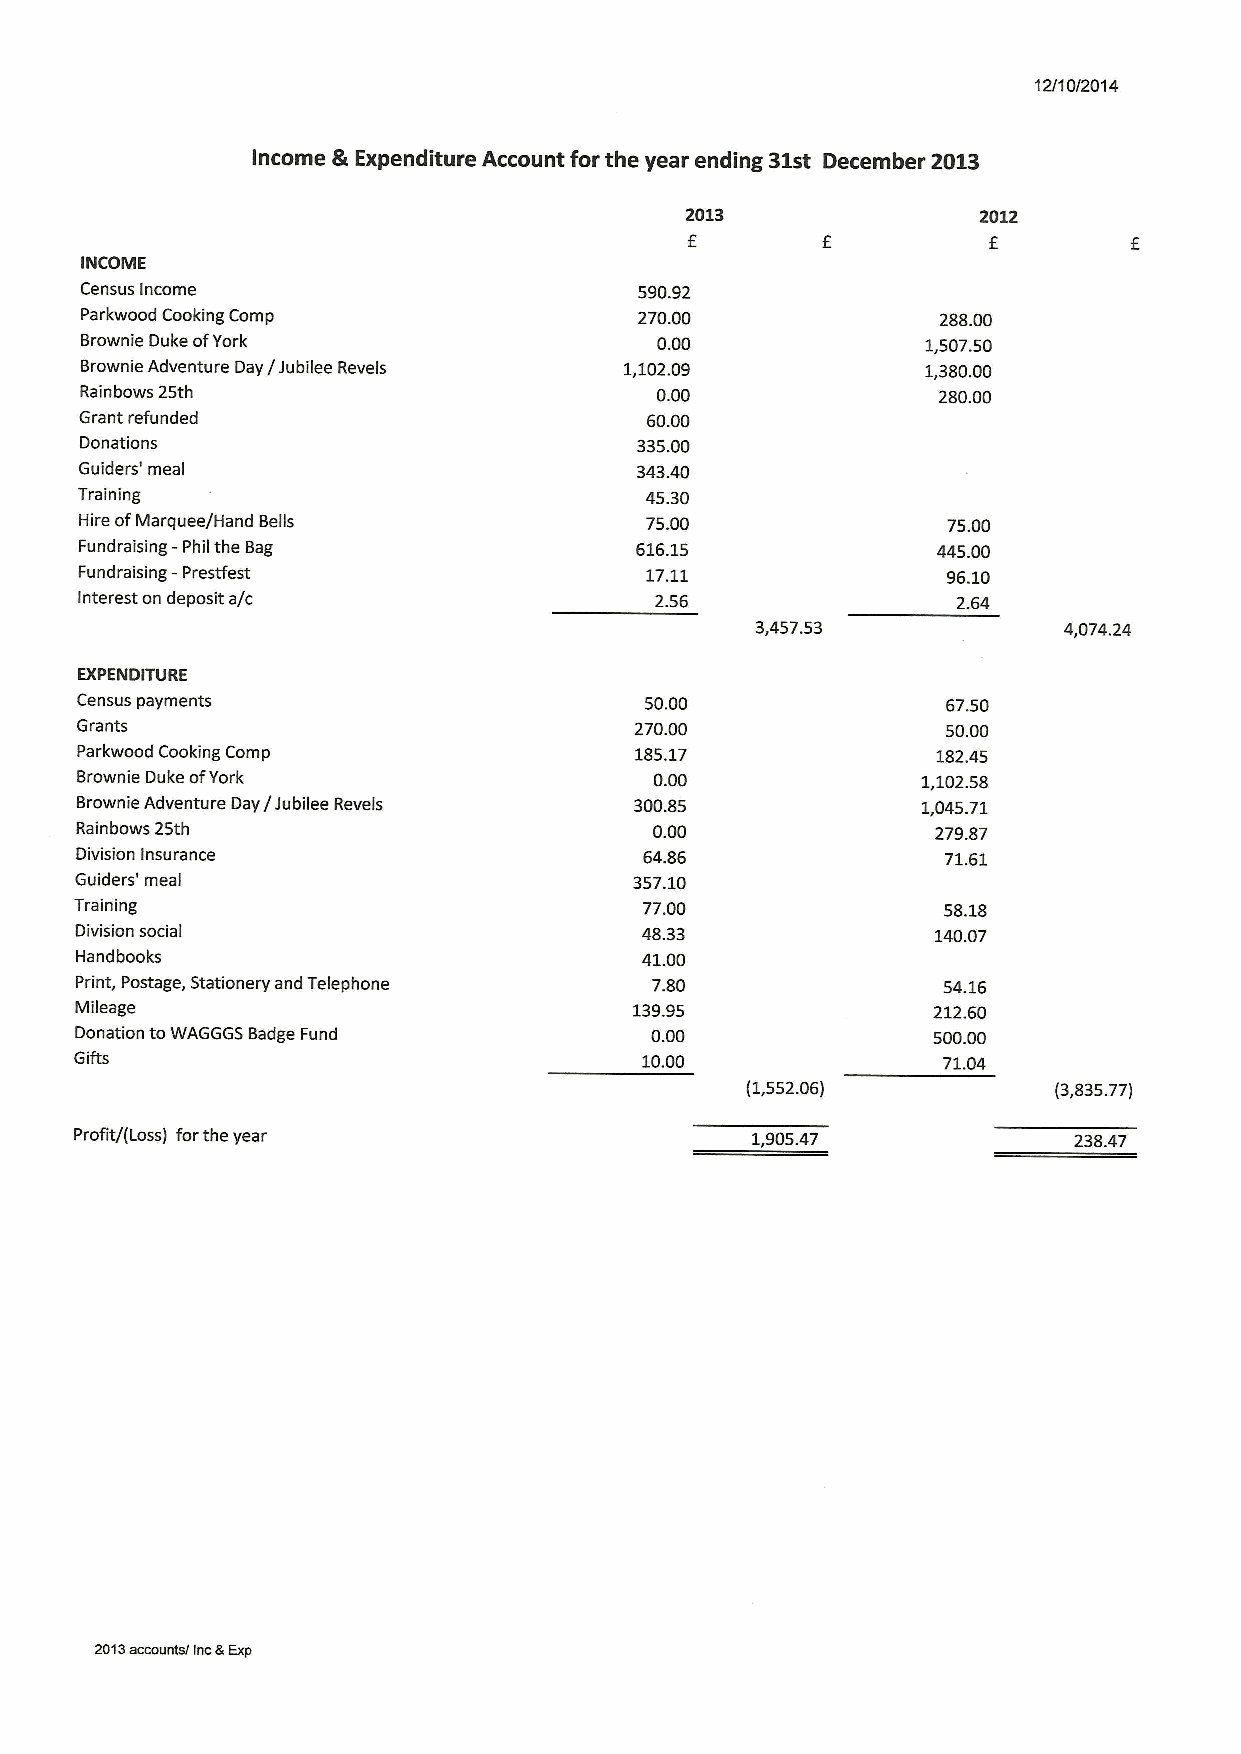
12/10/2014
 Income &Expenditure Account for the year ending 31st December 2013
 2013                2012
 f
 E
 INCOME
 Census Income                        590.92
 Parkwood Cooking Comp                270.00              288.00
 Brownie Duke ofYork                   0.00              1,507.50
 Brownie Adventure Day/'Jubilee Revels 1,102.09          1,380.00
 Rainbows 25th                         0.00               280.00
 Grant refunded                        60.00
 Donations                            335.00
 Guiders' meal                        343.40
 Training                              45.30
 Hire ofMarquee/Hand Bells             75.00               75.00
 Fundraising - Phil the Bag           616.15              44500
 Fundraising —Prestfest                17.11               96.10
 Interest on deposit a/c               2.56                2.64
 3,457.53            4,074.24
 EXPENDITURE
 Census payments                       50.00               67.50
 Grants                               270.00               50.00
 Parkwood Cooking Comp                185.17              182.45
 Brownie Duke ofYork                   0.00              1,102.58
 Brownie Adventure Day/Jubilee Revels 300.85             1,045.71
 Rainbows 25th                         0.00               279.87
 Division Insurance                    64.86              71.61
 Guiders' meal                        357.10
 Training                              77.00              58.18
 Division social                      48.33               140.07
 Handbooks                            41.00
 Print, Postage, Stationery and Telephone 7.80            54.16
 Mileage                              139.95              212.60
 Donation toWAGGGS Badge Fund          0.00               500.00
 Gifts                                10.00               71.04
 (1,552.06)           (3,835.77)
 Profit/(Loss) forthe year                    1,905.47             238.47
 2013accounts/ Inc8Exp